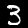
Label: 3